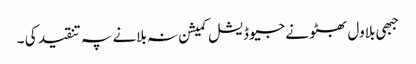
جبھی بلاول بھٹو نے جیوڈیشل کمیشن نہ بلانے پہ تنقید کی ۔